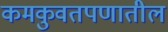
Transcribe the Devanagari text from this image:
कमकुवतपणातील